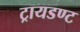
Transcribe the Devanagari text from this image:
ट्रायडण्ट